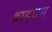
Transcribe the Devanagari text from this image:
श्राद्धम्‌